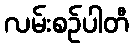
လမ်းစဉ်ပါတီ